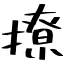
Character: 撩